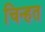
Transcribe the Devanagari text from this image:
चिन्हत